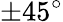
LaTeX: \pm 45^{\circ}